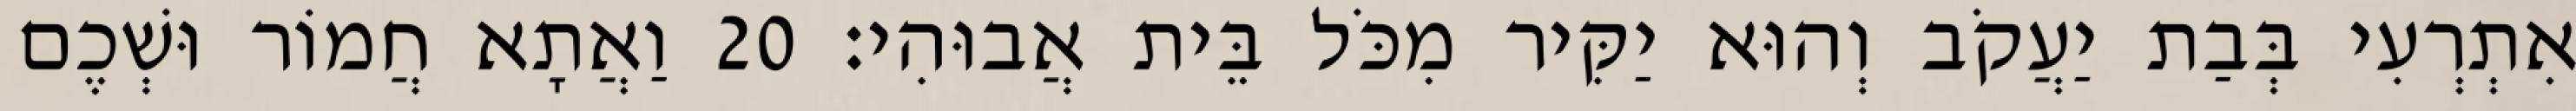
אִתְרְעִי בְּבַת יַעֲקֹב וְהוּא יַקִּיר מִכֹּל בֵּית אֲבוּהִי׃ 20 וַאֲתָא חֲמוֹר וּשְׁכֶם